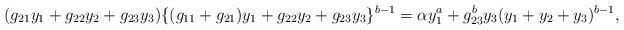
LaTeX: \begin{align*}(g_{21}y_1+g_{22}y_2+g_{23}y_3)\{(g_{11}+g_{21})y_1+g_{22}y_2+g_{23}y_3\}^{b-1}=\alpha y_1^a +g_{23}^b y_3 (y_1+y_2+y_3)^{b-1},\end{align*}